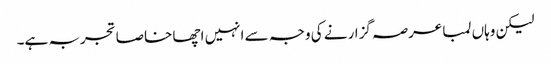
لیکن وہاں لمبا عرصہ گزارنے کی وجہ سے انہیں اچھا خاصا تجربہ ہے۔